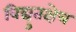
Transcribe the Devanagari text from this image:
विद्युतक्षेत्र